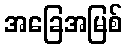
အခြေအမြစ်